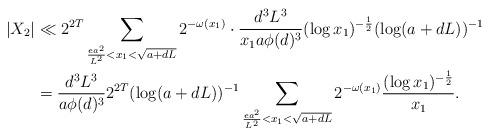
LaTeX: \begin{align*} |X_2|&\ll 2^{2T}\sum_{\frac{ea^2}{L^2} < x_1 < \sqrt{a+dL}}2^{-\omega(x_1)}\cdot \frac{d^3L^3}{x_1a\phi(d)^3}(\log x_1)^{-\frac12}(\log(a+dL))^{-1}\\ & = \frac{d^3L^3}{a\phi(d)^3}2^{2T}(\log(a+dL))^{-1}\sum_{\frac{ea^2}{L^2} < x_1 < \sqrt{a+dL}}2^{-\omega(x_1)}\frac{(\log x_1)^{-\frac12}}{x_1}. \end{align*}